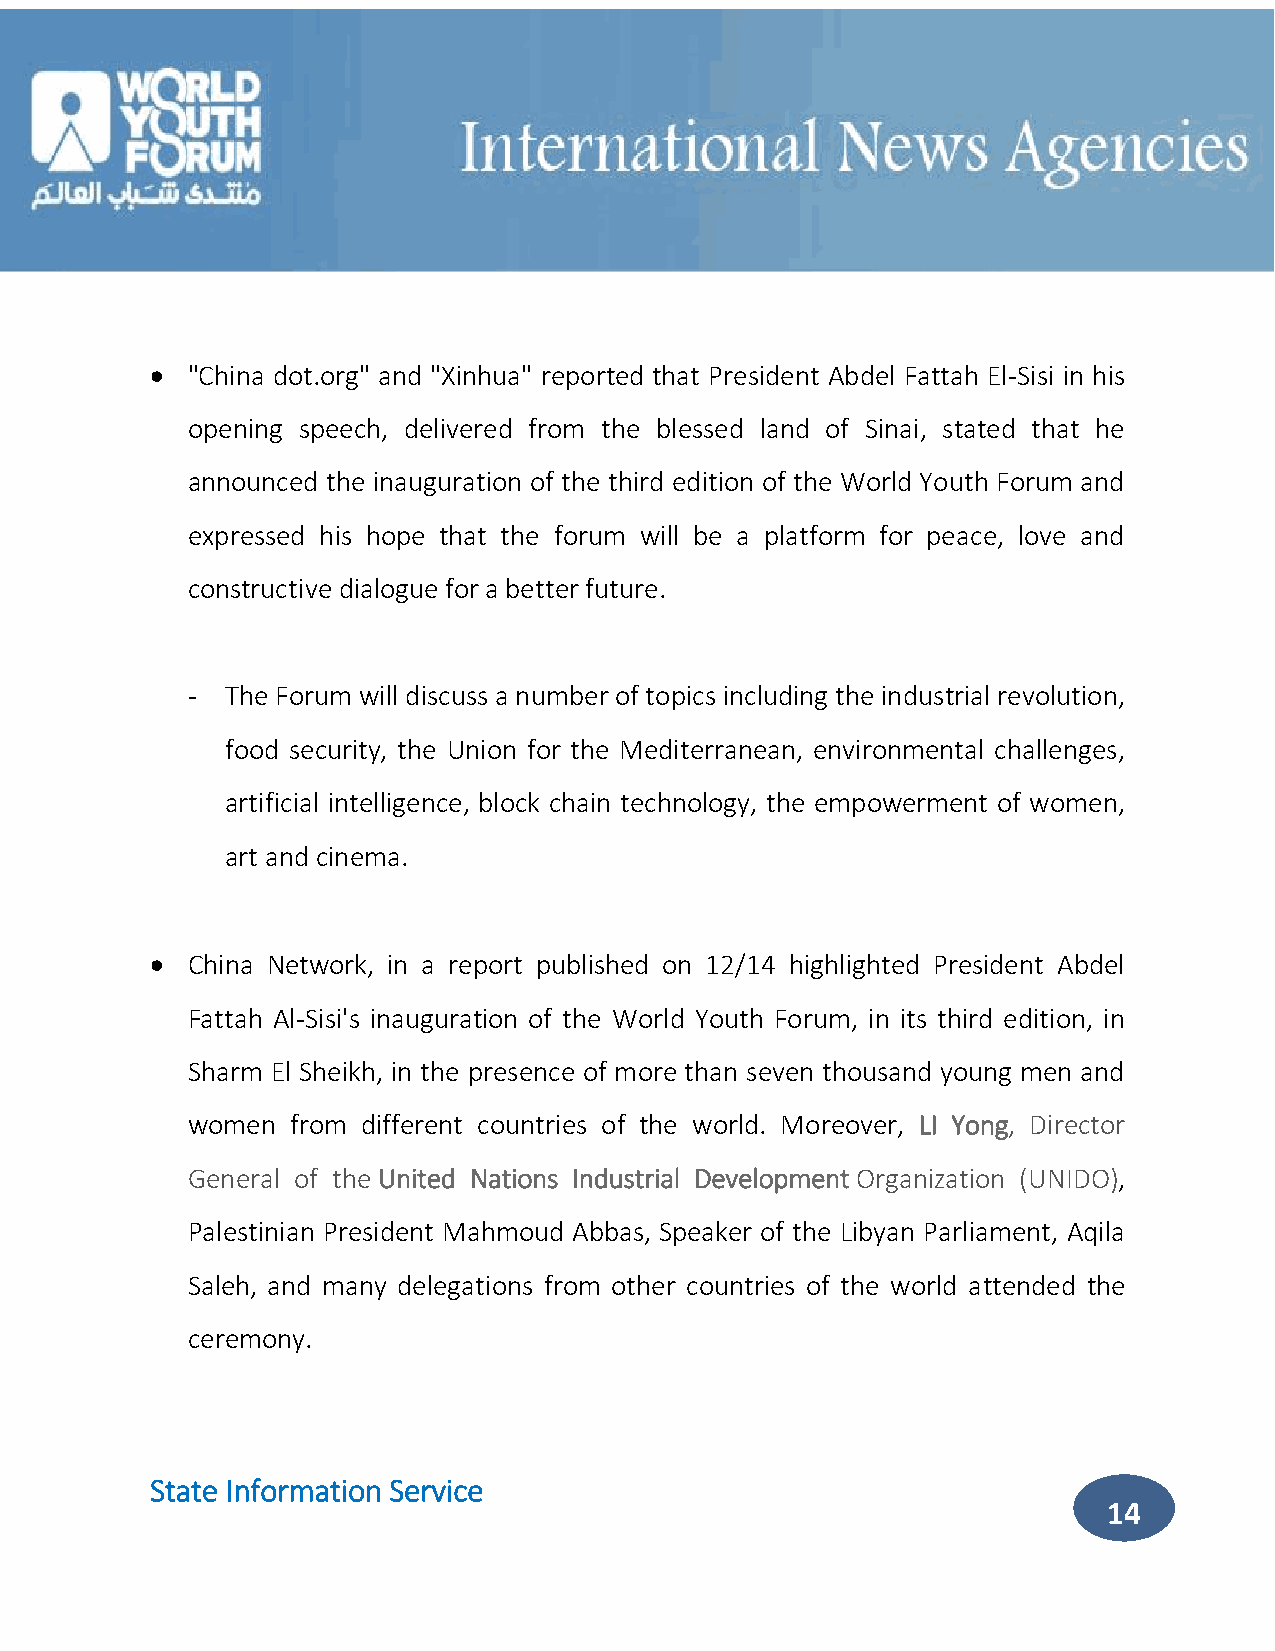
 "China dot.org" and "Xinhua" reported that President Abdel Fattah El-Sisi in his
 opening speech, delivered from the blessed land of Sinai, stated that he
 announced the inauguration of the third edition of the World Youth Forum and
 expressed his hope that the forum will be a platform for peace, love and
 constructive dialogue for a better future.
 -  The Forum will discuss a number of topics including the industrial revolution,
 food security, the Union for the Mediterranean, environmental challenges,
 artificial intelligence, block chain technology, the empowerment of women,
 art and cinema.
  China Network, in a report published on 12/14 highlighted President Abdel
 Fattah Al-Sisi's inauguration of the World Youth Forum, in its third edition, in
 Sharm El Sheikh, in the presence of more than seven thousand young men and
 women  from different countries of the world. Moreover, LI Yong, Director
 General of the United Nations Industrial Development Organization (UNIDO),
 Palestinian President Mahmoud Abbas, Speaker of the Libyan Parliament, Aqila
 Saleh, and many delegations from other countries of the world attended the
 ceremony.
 State Information Service
 14